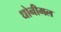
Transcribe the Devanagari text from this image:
धोनीमल